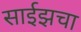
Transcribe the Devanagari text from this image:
साईझचा